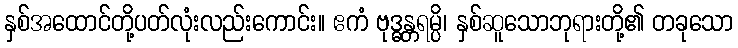
နှစ်အထောင်တို့ပတ်လုံးလည်းကောင်း။ ဧကံ ဗုဒ္ဓန္တရမ္ပိ၊ နှစ်ဆူသောဘုရားတို့၏ တခုသော